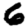
Digit: 6